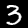
Digit: 3